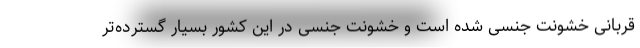
قربانی خشونت جنسی شده است و خشونت جنسی در این کشور بسیار گسترده‌تر